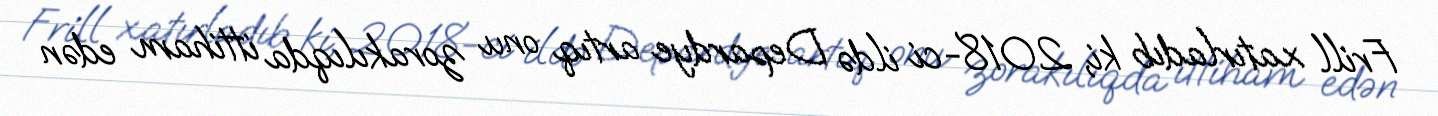
Frill xatırladıb ki, 2018-ci ildə Depardye artıq onu zorakılıqda ittiham edən